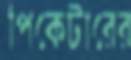
পিকেটারের